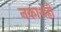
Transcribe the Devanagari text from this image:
नकाशेही